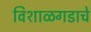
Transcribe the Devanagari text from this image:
विशाळगडाचे